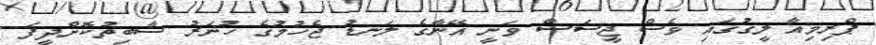
ޕްރިމިއާ ލީގުގައި ވެސް ޖީސަސް ވަނީ އޭނާގެ ލަނޑު ޖެހުމުގެ ހުނަރު ސާބިތުކޮށްދީފަ